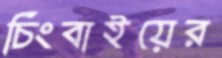
চিংবাইয়ের